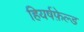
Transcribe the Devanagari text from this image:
हियर्षफ़ेल्ड